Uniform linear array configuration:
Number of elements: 32
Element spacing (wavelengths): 0.75
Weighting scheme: blackman
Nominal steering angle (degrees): -15
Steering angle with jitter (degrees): -13.713
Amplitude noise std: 0.05
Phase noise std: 0.05

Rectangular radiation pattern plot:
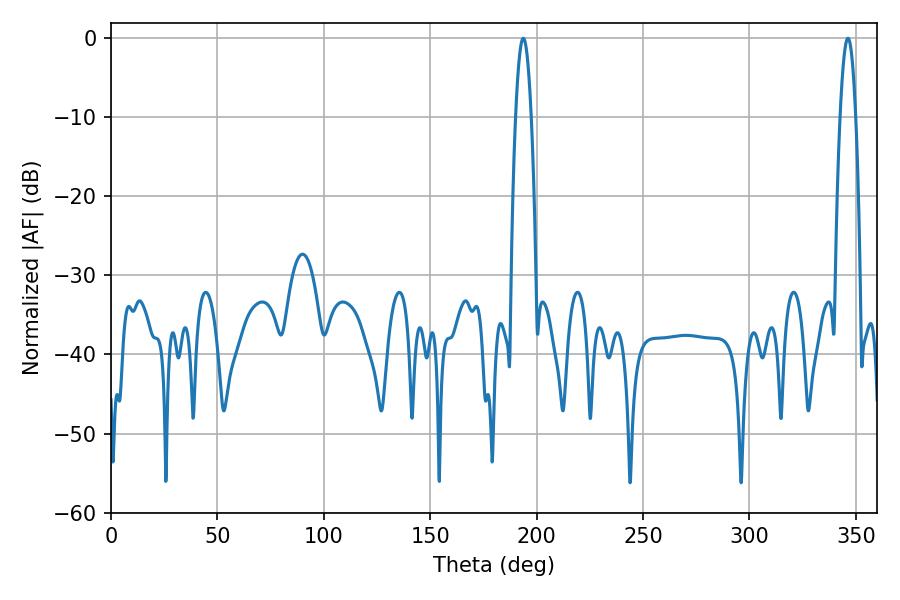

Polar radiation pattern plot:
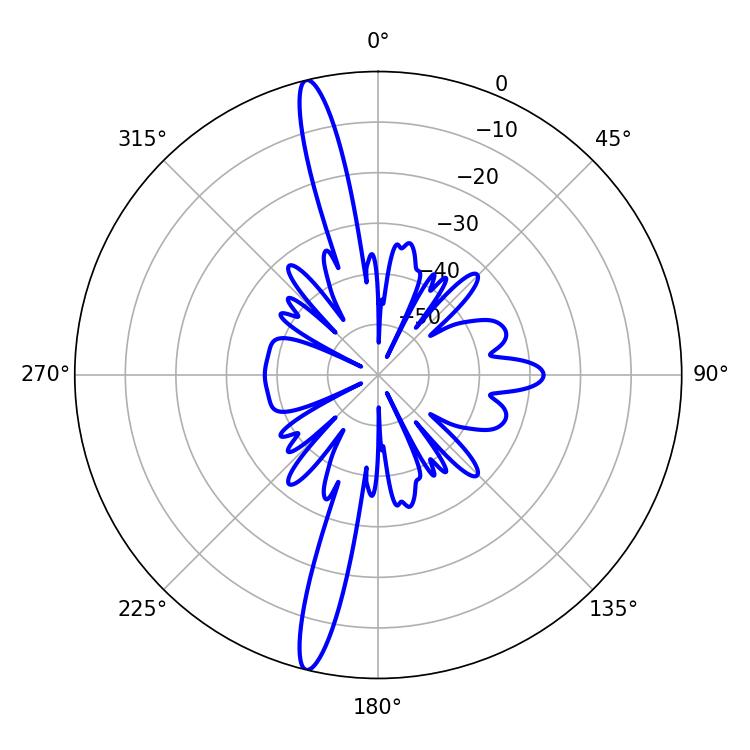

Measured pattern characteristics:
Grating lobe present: TRUE
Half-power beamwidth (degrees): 3.96
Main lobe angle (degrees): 193.68